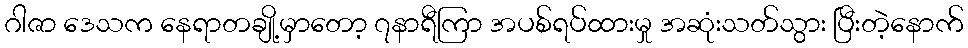
ဂါဇာ ဒေသက နေရာတချို့မှာတော့ ၇နာရီကြာ အပစ်ရပ်ထားမှု အဆုံးသတ်သွား ပြီးတဲ့နောက်